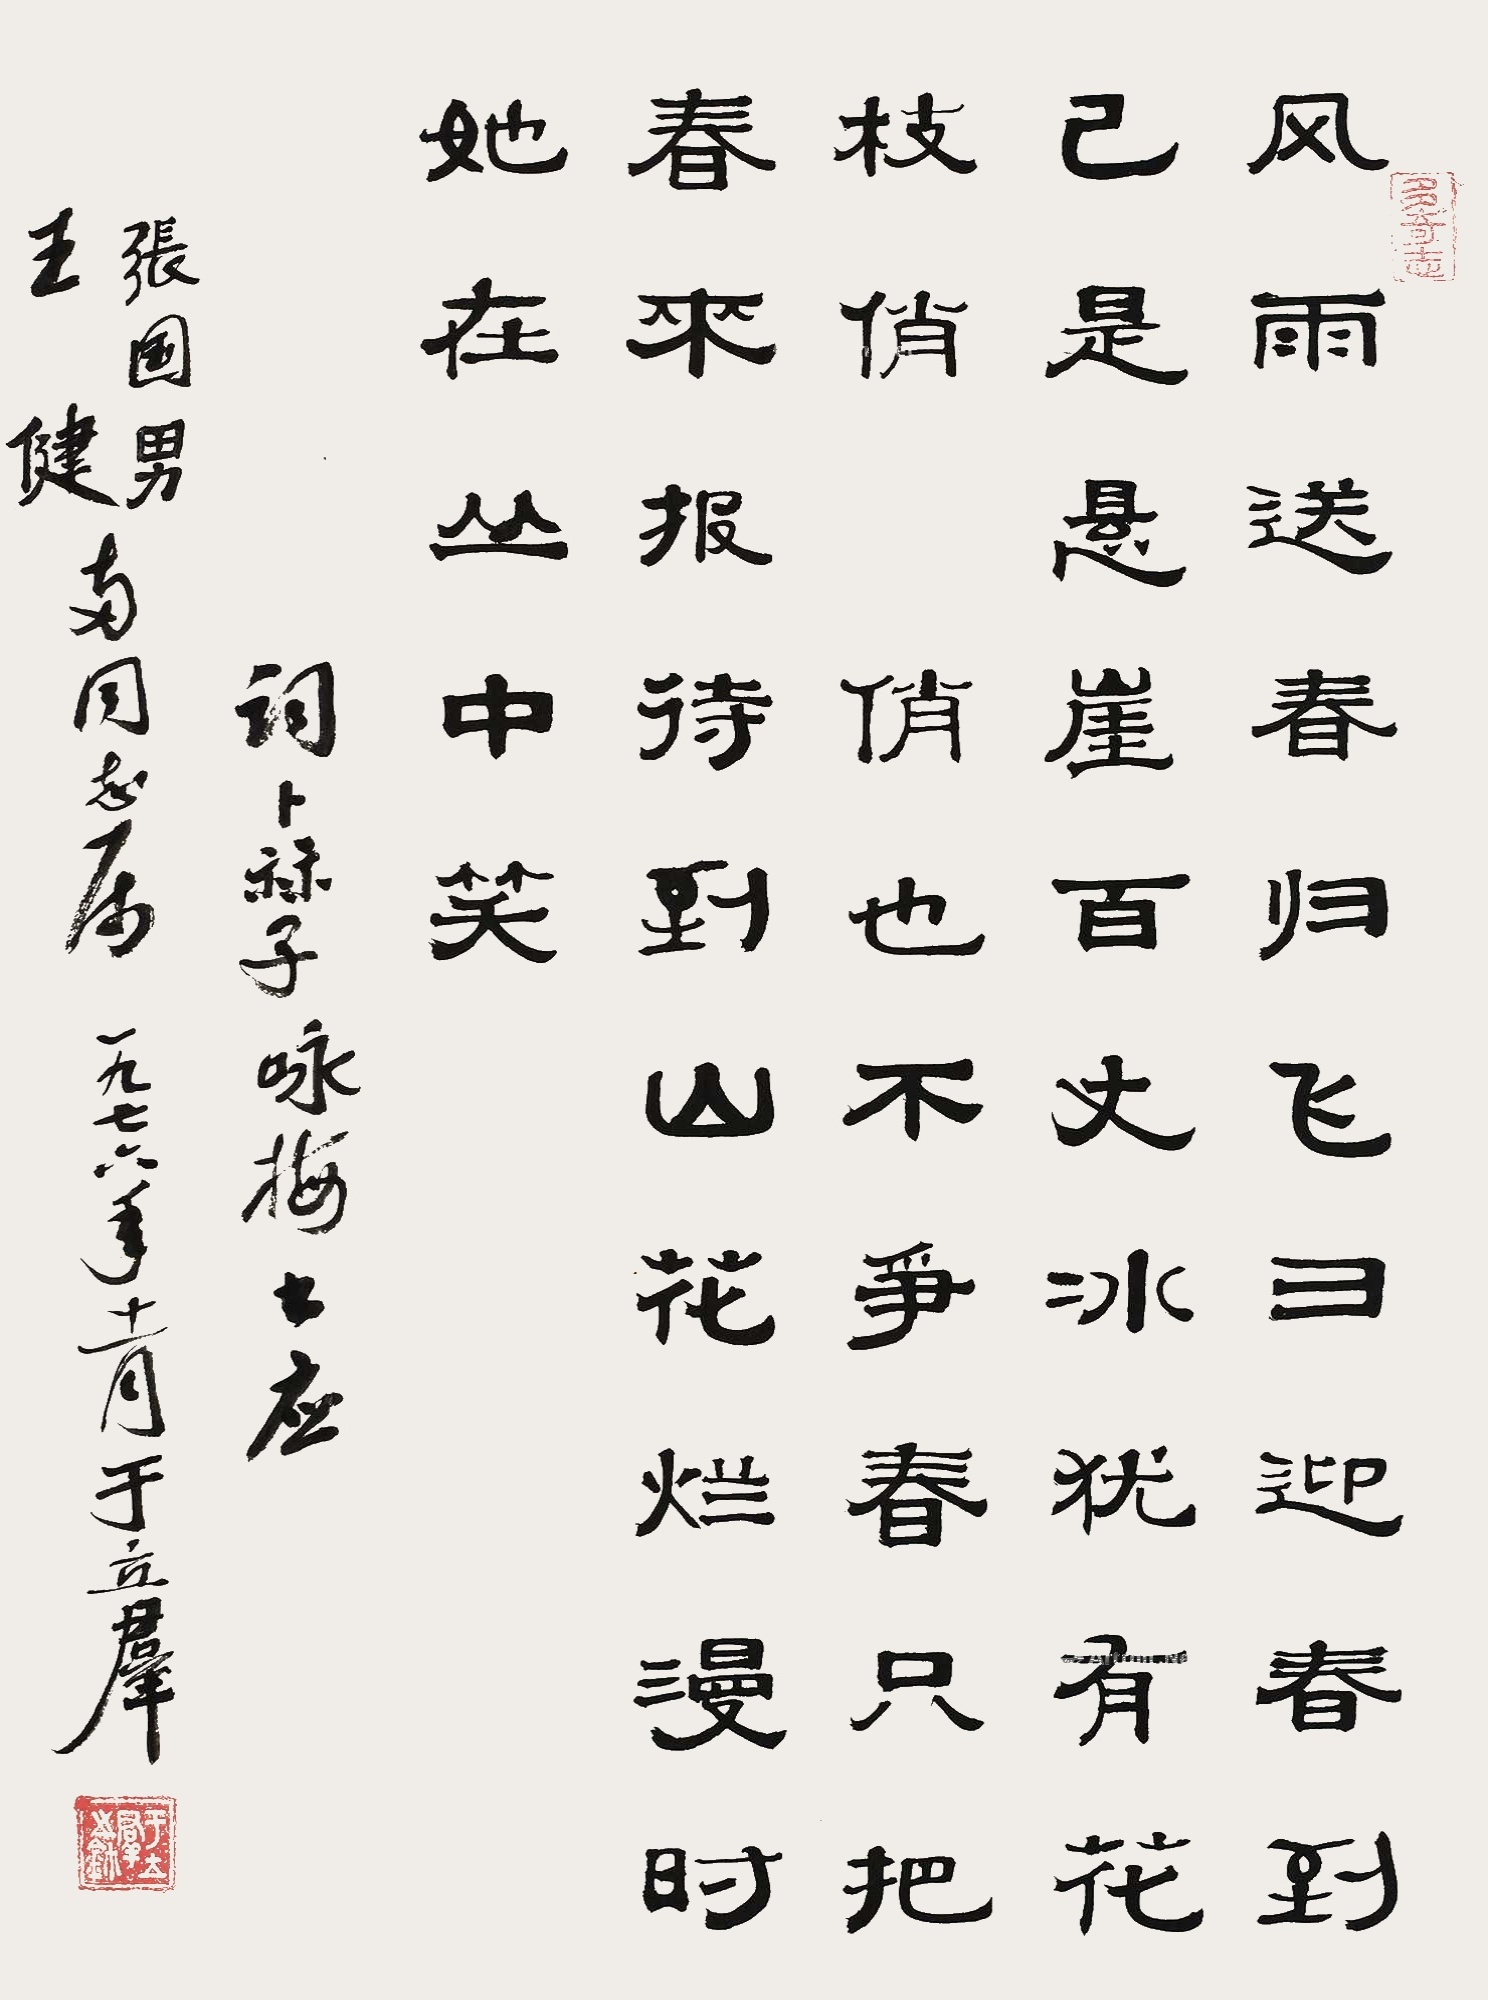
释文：风雨送春归，飞雪迎春到。已是悬崖百丈冰，犹有花枝俏。俏也不争春，只把春来报。待到山花烂漫时，她在丛中笑。□□□词卜算子咏梅，书应张国男、王健两同志属，一九七六年十一月于立群。